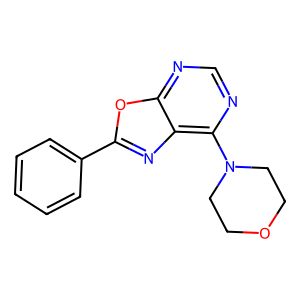
SMILES: c1ccc(-c2nc3c(N4CCOCC4)ncnc3o2)cc1
Inhibits HIV replication: No